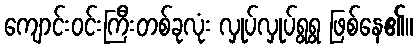
ကျောင်းဝင်းကြီးတစ်ခုလုံး လှုပ်လှုပ်ရွရွ ဖြစ်နေ၏။